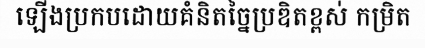
ឡើងប្រកបដោយគំនិតច្នៃប្រឌិតខ្ពស់ កម្រិត